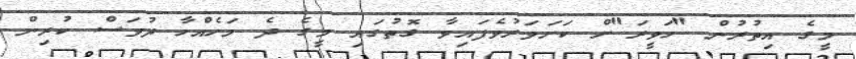
މީގެ އިތުރުން "ހަވީރަ"ށް ކަށަވަރުވެފައިވާ ގޮތުގައި މީގެ ދެ މަހެއްހާ ދުވަސް ކުރިން